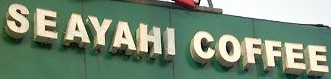
SEAYAHI COFFEE